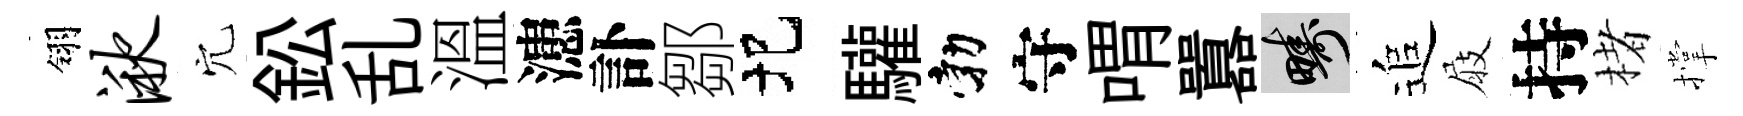
翎湫穴鈆乱溫漶訃鄒圯驩勃守喟囂疇追屐持楮撑